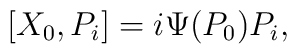
[ X_0, P_i] = i \Psi(P_0) P_i,